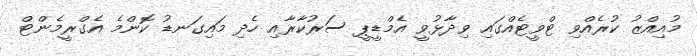
މުއިއްޒު ކުރެއްވި ޓްވީޓެއްގައި ވިދާޅުވީ އެމްޑީޕީ ސަރުކާރާއި ހެދި މައިގަނޑު ކޮންމެ އެގްރީމެންޓް